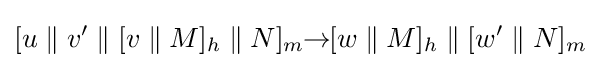
[u\;\|\;v'\;\|\;[v\;\|\;M]_{h}\;\|\;N]_{m}\!\!\rightarrow \!\![w\;\|\;M]_{h}\;\|\;[w'\;\|\;N]_{m}